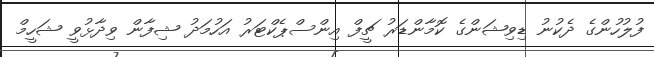
ފުލުހުންގެ ދެކުނު ޑިވިޝަންގެ ކޮމާންޑަރު ޗީފް އިންސްޕެކްޓަރު އަހުމަދު ޝިފާން ވިދާޅުވީ ޝަހީމް